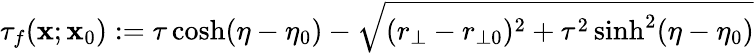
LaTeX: \tau_{f}(\mathbf{x};\mathbf{x}_{0}):=\tau\cosh(\eta-\eta_{0})-\sqrt{(r_{\bot}-r_{\bot 0})^{2}+\tau^{2}\sinh^{2}(\eta-\eta_{0})}